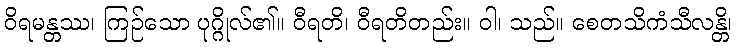
ဝိရမန္တဿ၊ ကြဉ်သော ပုဂ္ဂိုလ်၏။ ဝီရတိ၊ ဝီရတိတည်း။ ဝါ၊ သည်။ စေတသိကံသီလန္တိ၊